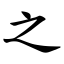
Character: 之